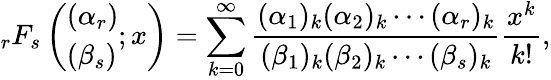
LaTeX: _{r}F_{s}\left(\begin{array}{l}{(\alpha_{r})}\\ {(\beta_{s})}\end{array};x\right)=\sum_{k=0}^{\infty}\frac{(\alpha_{1})_{k}(\alpha_{2})_{k}\cdots(\alpha_{r})_{k}}{(\beta_{1})_{k}(\beta_{2})_{k}\cdots(\beta_{s})_{k}}\frac{x^{k}}{k!},